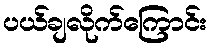
ပယ်ချလိုက်ကြောင်း